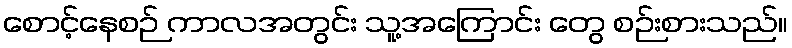
စောင့်နေစဉ် ကာလအတွင်း သူ့အကြောင်း တွေ စဉ်းစားသည်။